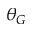
\theta _ { G }